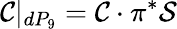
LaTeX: {\cal C}|_{dP_{9}}={\cal C}\cdot\pi^{*}{\cal S}